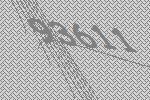
93611